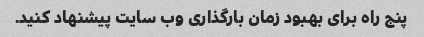
پنج راه برای بهبود زمان بارگذاری وب سایت پیشنهاد کنید.